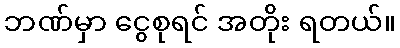
ဘဏ်မှာ ငွေစုရင် အတိုး ရတယ်။